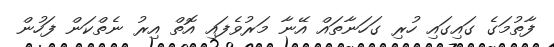
ފާތުމަގެ ގައިގައި ހުރި ގަހަނާތައް އޭނާ މަރުވެފައި އޮތް އިރު ނެތްކަން ފަހުން